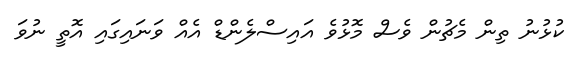
ކުޅުނު ތިން މެޗުން ވެސް މޮޅުވެ އައިސްލެންޑް އެއް ވަނައިގައި އޮތީ ނުވަ